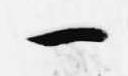
一